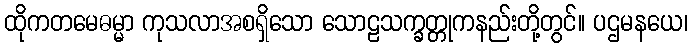
ထိုကတမေဓမ္မာ ကုသလာအစရှိသော သောဠသက္ခတ္တုကနည်းတို့တွင်။ ပဌမနယေ၊